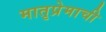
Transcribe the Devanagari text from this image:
मातृप्रेमाची